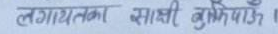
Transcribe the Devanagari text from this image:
लगायतका साक्षी बुझयौँ।